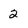
Character: 2